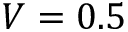
V = 0 . 5